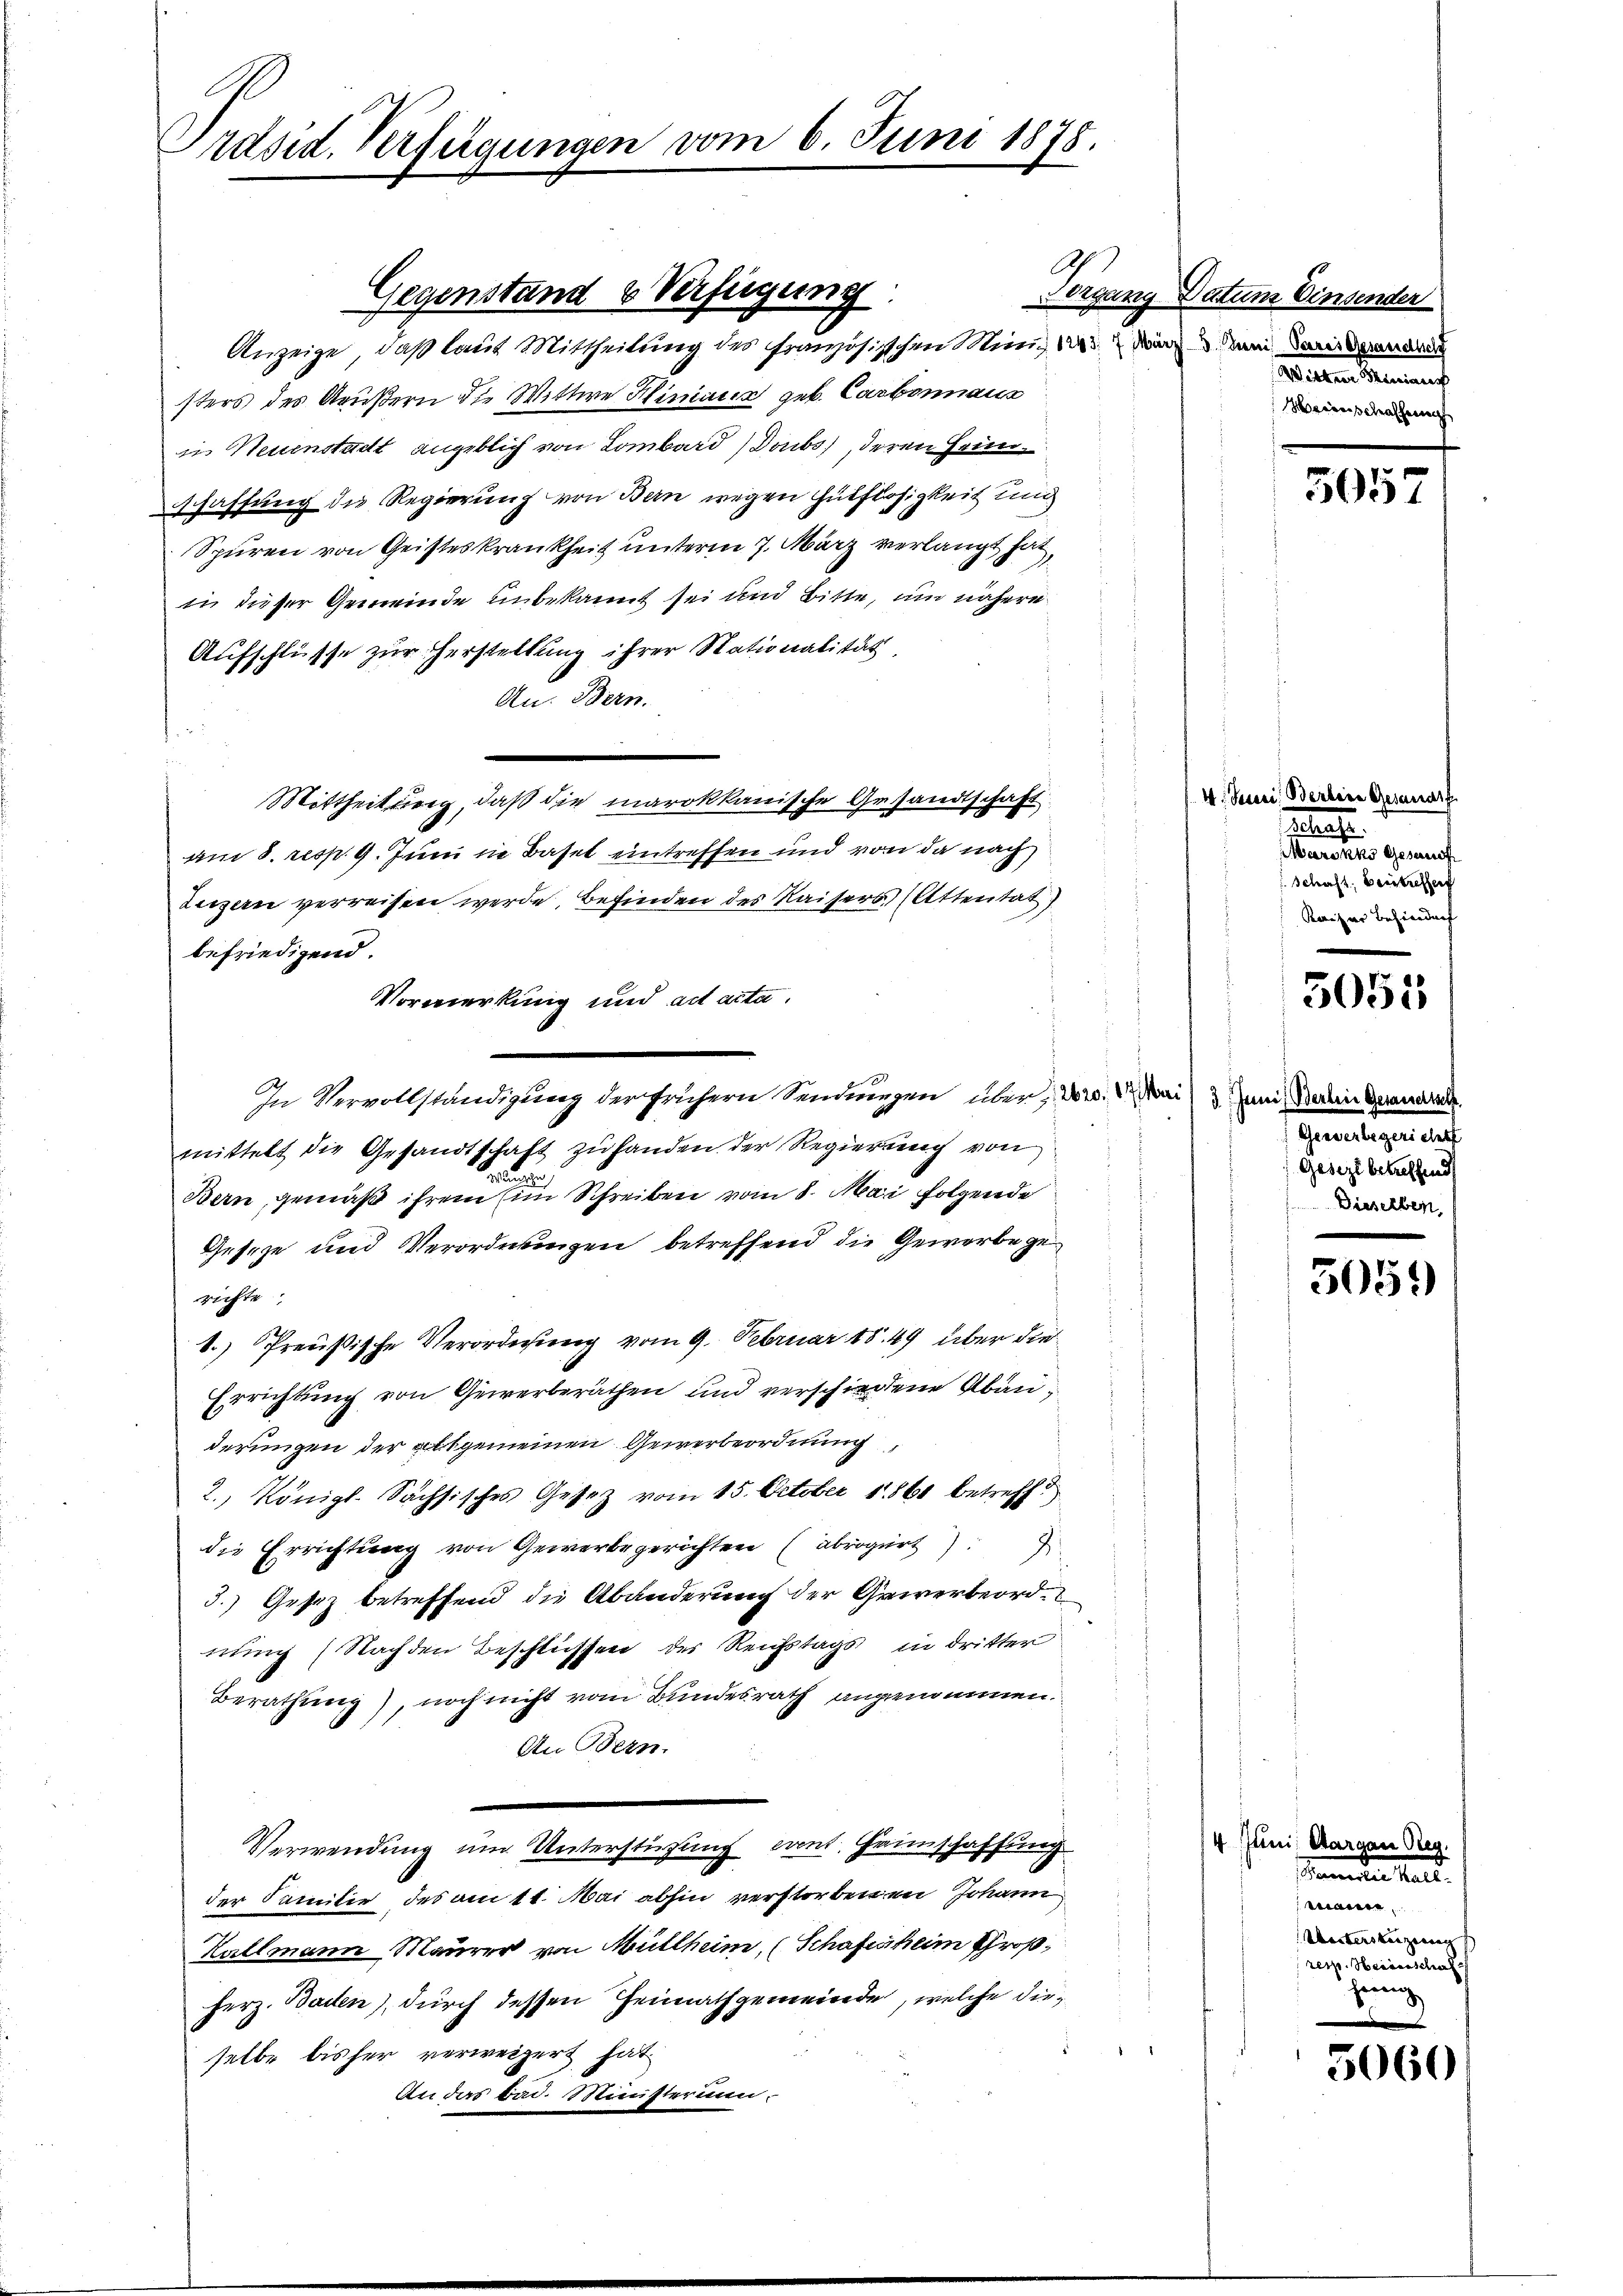
Präsid. Verfügungen vom 6. Juni 1878.

Ap
Organg
Anzeige, daß laut Mittheilung des französischen Ministers des Aeußern die Wittwe Klimann geb. Carbonnais
in Neuenstadt angeblich von Lombard) Doubs, deren Heimschaffung die Regierung von Bern wegen Hülflosigkeit und
Spuren von Geisteskrankheit unterm 7. März verlangt hat,
in dieser Gemeinde unbekannt sei und Bitte, um nähere
Aufschlüsse zur Herstellung ihrer Stationalität
An: Bern.
Mittheilung, daß die marokkanische Gesandtschaft
am 8. resp. 9. Juni in Basel eintreffen und von da nach
Luzern verreisen werde, befinden des Kaisers (Attentat
befriedigend.
Vormerkung und ad acta.
In Vervollständigung der frühern Sendungen über: Dr. d. Mari) 3 Juni, Berein Gerandern
mittelt die Gesandtschaft zu handen der Regierung von
Bern, gemäß ihrem im Schreiben vom 8. Mai folgende
Gesetze und Verordnungen betreffend die Gewerbe ge
richte
1.) Preußische Verordnung vom 9. Februar 1849 über die
Errichtung von Gewerberäthen und verschiedene Abänderungen der allgemeinen Gewerbeordnung,
2., Königl. Sächsisches Gesetz vom 15. October 1861 betreff
die Errichtung von Gewerbegerichten (abrogirt
3.) Gesez betreffend die Abänderung der Griverbeordnung (Nachden Beschlüssen des Reichstags in dritter
Berathung), noch nicht vom Bundesrath angenommen.
An Bern.
Verwendung um Unterstützung cant. Heinschaffung
der Familie des am 11. Mai abhin verstorbenen Johann
Kallmann Maurer von Müllheim, (Schaftsheim Großherz. Baden), durch dessen Heimathgemeinde, welche dieselbe bisher verweigert hat
An das bin. Ministerium.

Gegenstand & Verfügung.

Datum Einsender
ez. 3. Juni. Pares Gesandtschr
Wiskier Marianist
Minischaffen

5057

V. Sessi, Berline Gesanart
2
Marokks Gesausf
Schaft. Beitressen
Rerizier Behindung

5051

Genverlegeriche
Gesezt betreffend
Dieserben,

305.

4 Juni Aargau Res.
sammenden kalt.
e
Untersteigung
resp. Herinschaf
jenig

5060